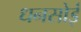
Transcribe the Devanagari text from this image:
धनसोई